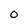
Character: 0